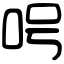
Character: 呺